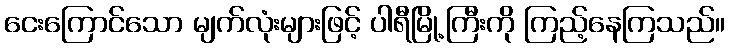
ငေးကြောင်သော မျက်လုံးများဖြင့် ပါရီမြို့ကြီးကို ကြည့်နေကြသည်။